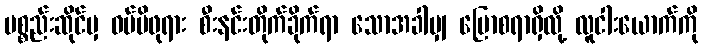
ပစ္စည်းဆိုင်မှ ဝမ်မိဖုရား စီးနင်းတိုက်ခိုက်ရာ သောအခါမျှ ပြောစရာရှိလို့ လူငါးယောက်ကို